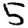
Digit: 5